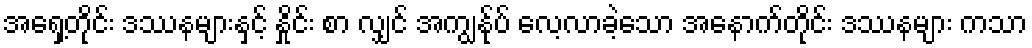
အရှေ့တိုင်း ဒဿနများနှင့် နှိုင်း စာ လျှင် အကျွန်ုပ် လေ့လာခဲ့သော အနောက်တိုင်း ဒဿနများ ကသာ